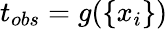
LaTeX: t_{obs}=g(\{ x_{i}\} )